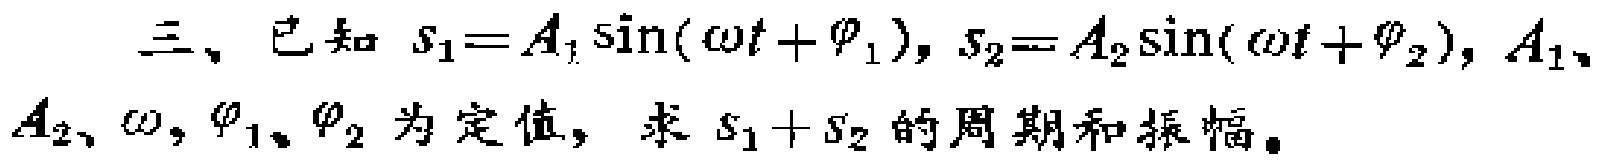
三、已知 \(s_{1}=A_{1}\sin(\omega t+\varphi_{1})\)，\(s_{2}=A_{2}\sin(\omega t+\varphi_{2})\)，\(A_{1}\)、\(A_{2}\)、\(\omega\)，\(\varphi_{1}\)、\(\varphi_{2}\) 为定值，求 \(s_{1}+s_{2}\) 的周期和振幅。